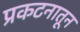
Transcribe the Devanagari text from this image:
प्रकटनातून